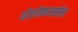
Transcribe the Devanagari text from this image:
होलोकास्तोस